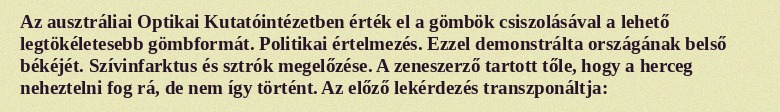
Az ausztráliai Optikai Kutatóintézetben érték el a gömbök csiszolásával a lehető legtökéletesebb gömbformát. Politikai értelmezés. Ezzel demonstrálta országának belső békéjét. Szívinfarktus és sztrók megelőzése. A zeneszerző tartott tőle, hogy a herceg neheztelni fog rá, de nem így történt. Az előző lekérdezés transzponáltja: